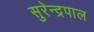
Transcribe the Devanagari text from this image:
सुरेन्द्रपाल